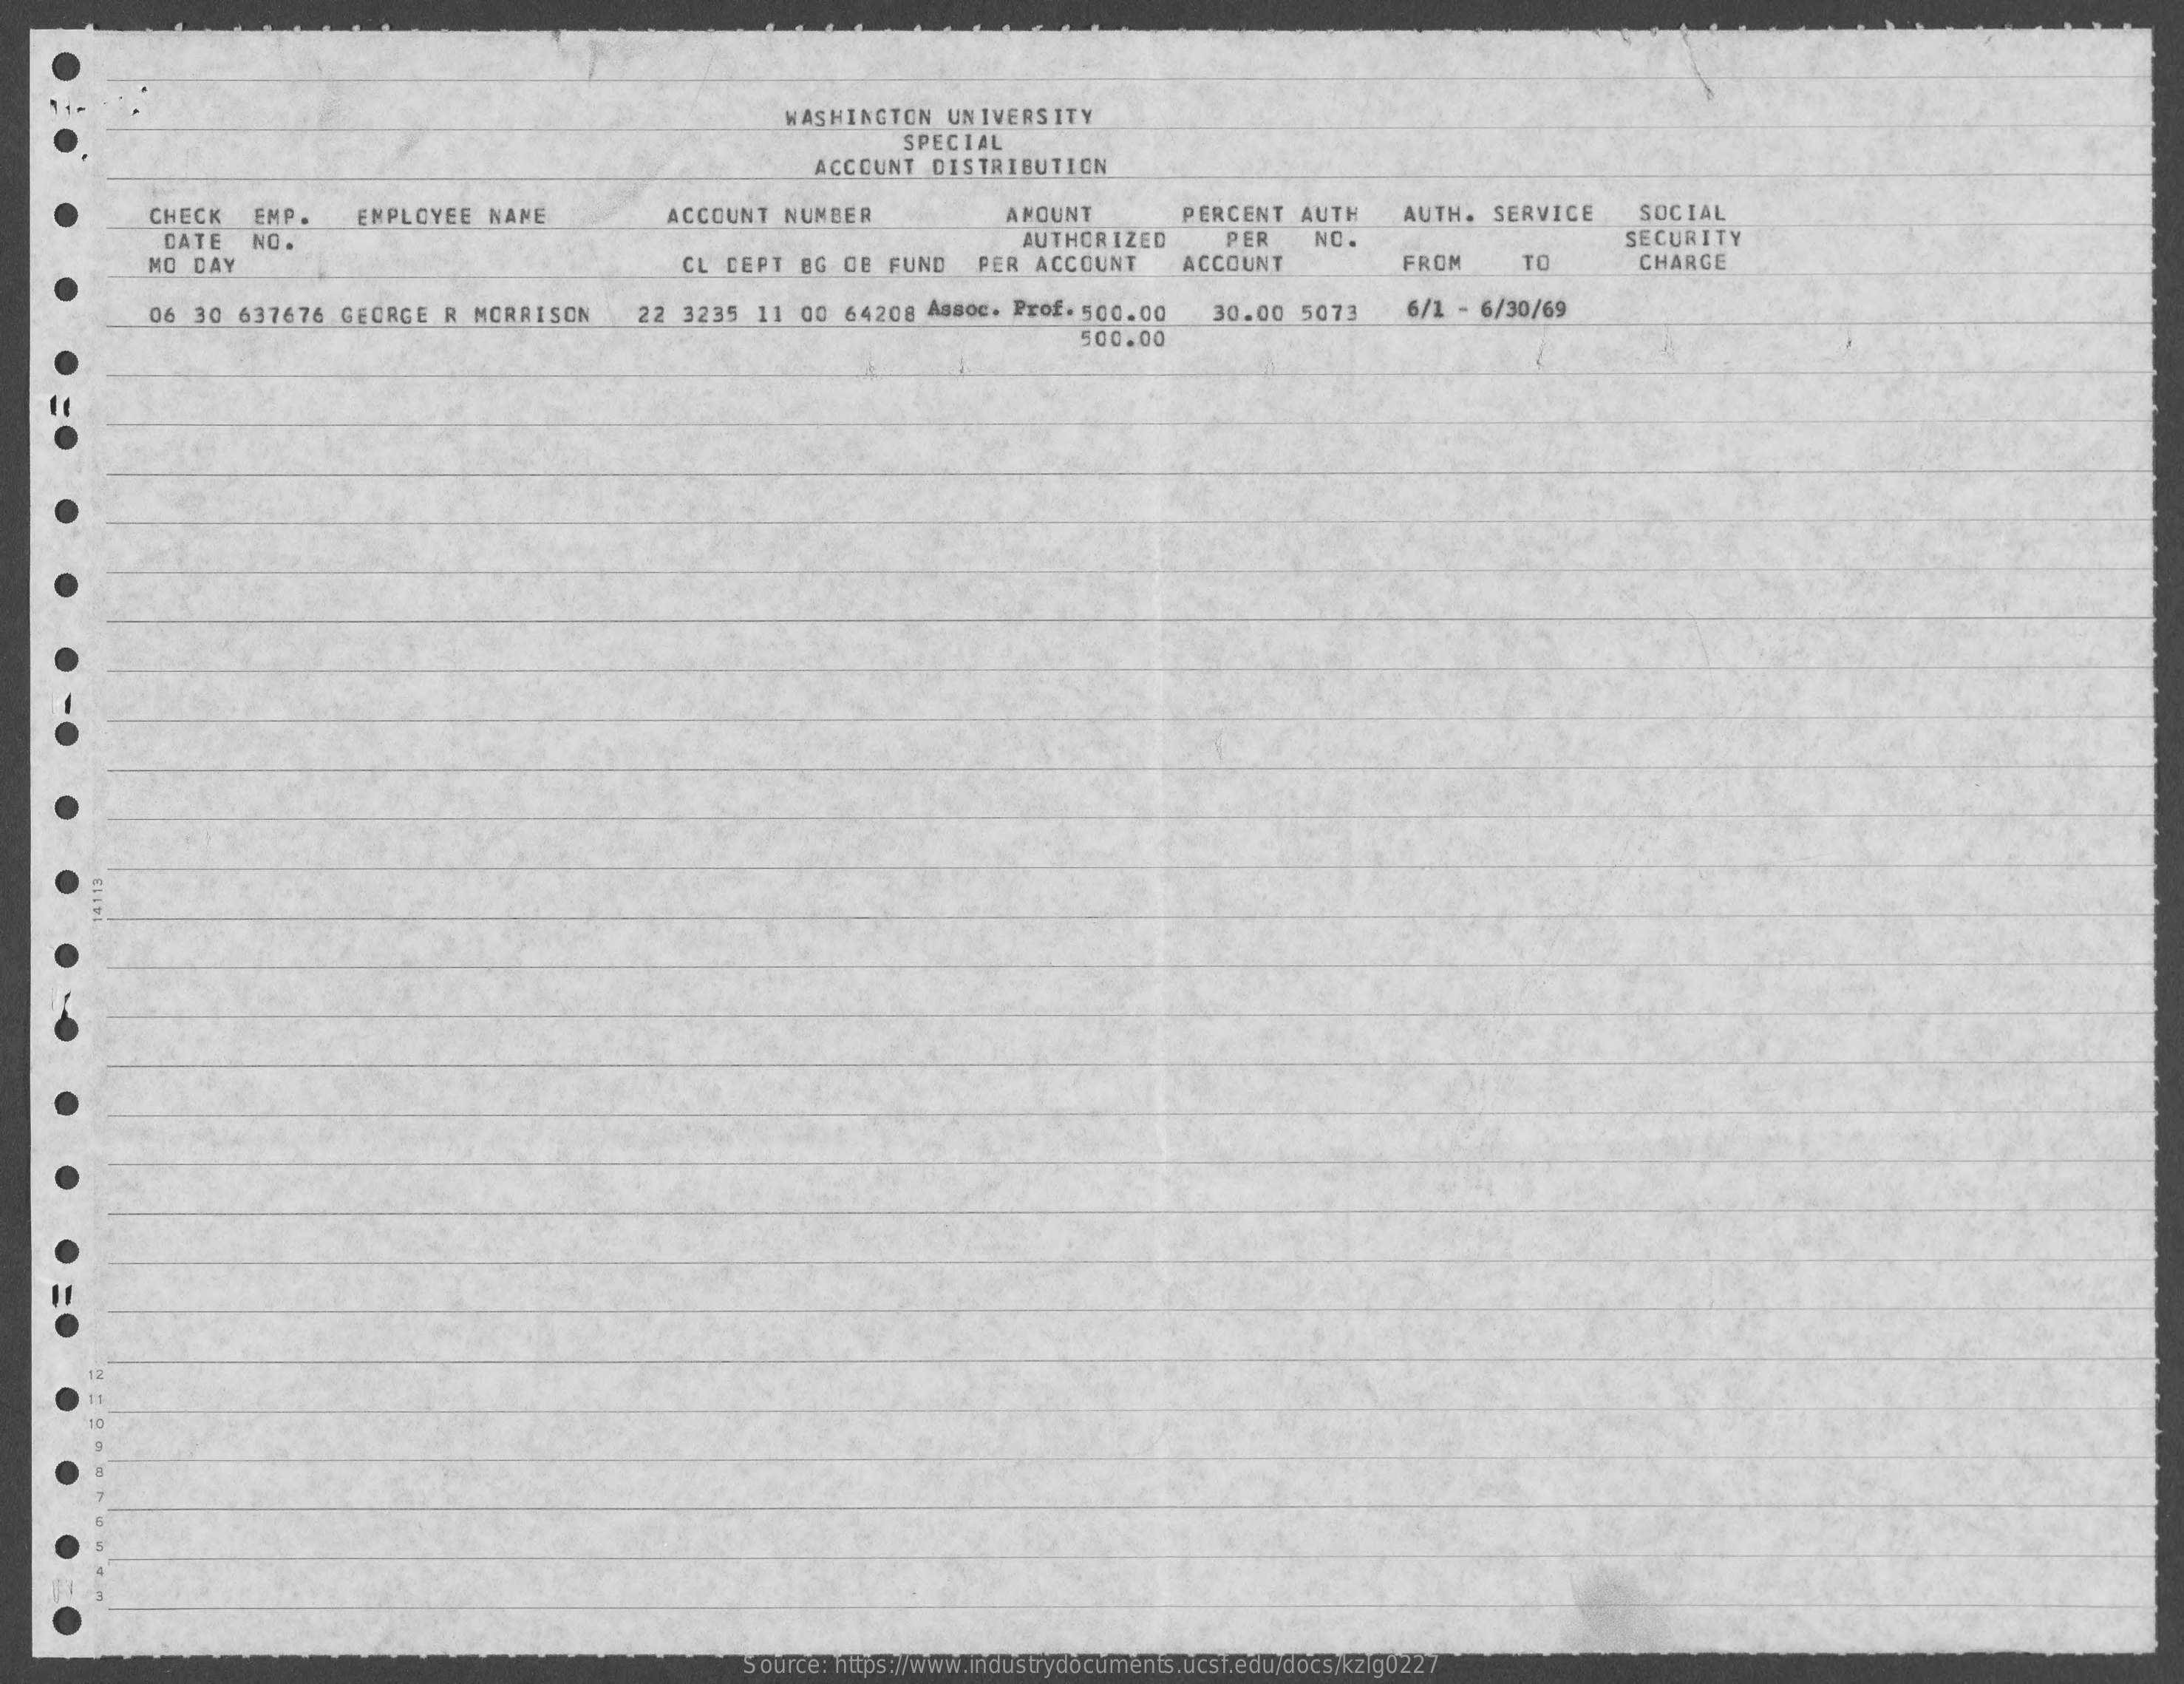
WASHINGTON UNIVERSITY
     SPECIAL
     ACCOUNT DISTRIBUTION
     CHECK EMP.  EMPLOYEE NAME    ACCOUNT NUMBER    AMOUNT   PERCENT AUTH AUTH. SERVICE SOCIAL
     DATE NO.    AUTHORIZED PER  NO.    SECURITY
     MO DAY    CL CEPT BG DE FUND PER ACCOUNT ACCOUNT FROM   TO    CHARGE
     06 30 637676 GEORGE R MORRISON 22 3235 11 00 64208 Assoc. Prof. 500.00 30.00 5073 6/1 - 6/30/69
     500.00
     Source: https://www.industrydocuments.ucsf.edu/docs/kzlg0227